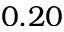
0 . 2 0